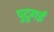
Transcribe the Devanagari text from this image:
पुदुगई